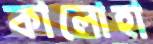
কালোহা